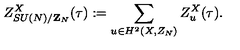
Z _ { S U ( N ) / { \bf Z } _ { N } } ^ { X } ( \tau ) : = \sum _ { u \in H ^ { 2 } ( X , Z _ { N } ) } Z _ { u } ^ { X } ( \tau ) .